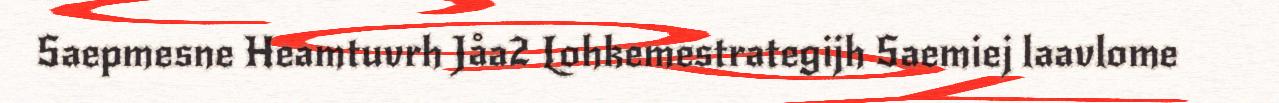
Saepmesne Heamtuvrh Jåa2 Lohkemestrategijh Saemiej laavlome